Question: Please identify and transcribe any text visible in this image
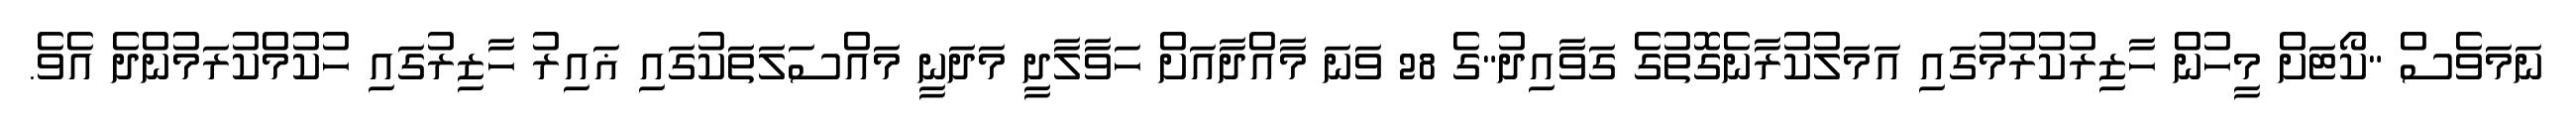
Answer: ނަމަވެސް "ކޯޓަށް މީހުން ހާޒިރުކުރުމުގައި އަމަލުކުރާނެގޮތުގެ ގަވާއިދު"ގެ 28 ވަނަ މާއްދާއަށް ހަވާލާދީ މަދަނީ މައްސަލަތަކުގައި ޣައިރު ހާޒިރުގައި ހުކުމްކުރަމުންދެ އެވެ.